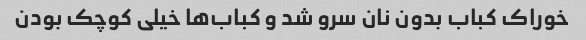
خوراک کباب بدون نان سرو شد و کباب‌ها خیلی کوچک بودن